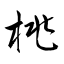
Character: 桃